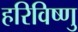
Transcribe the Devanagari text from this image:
हरिविष्णु